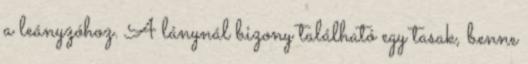
a leányzóhoz. A lánynál bizony található egy tasak, benne